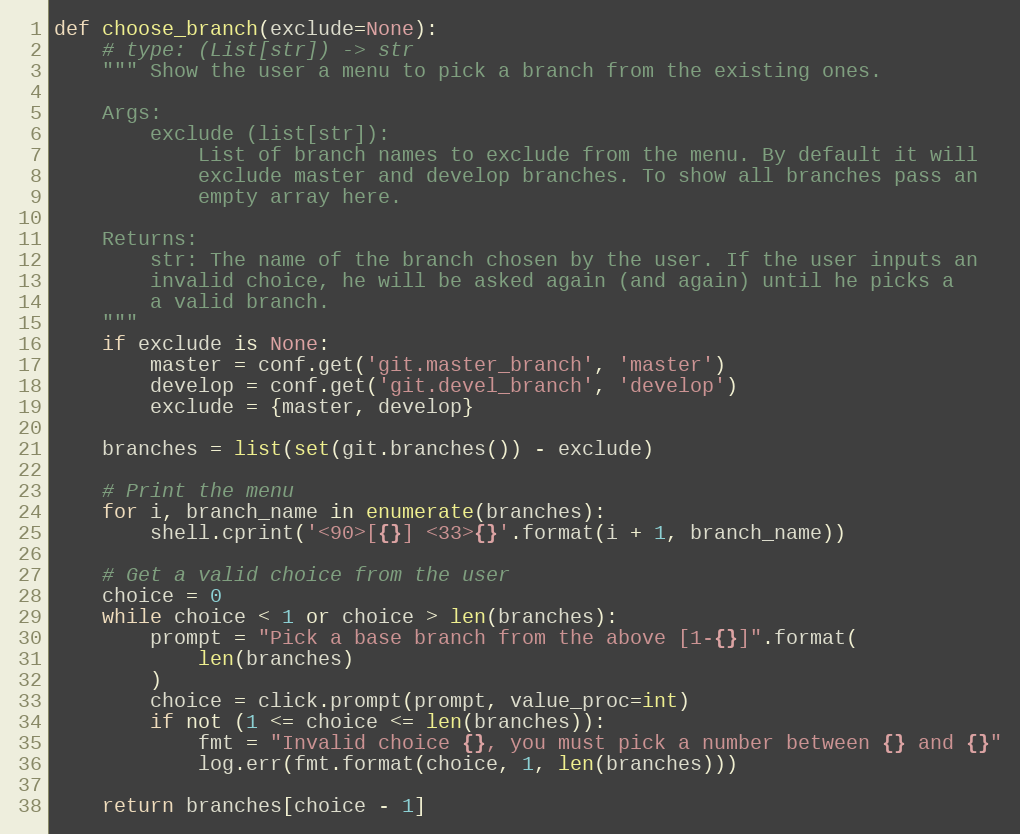
Language: Python
def choose_branch(exclude=None):
    # type: (List[str]) -> str
    """ Show the user a menu to pick a branch from the existing ones.

    Args:
        exclude (list[str]):
            List of branch names to exclude from the menu. By default it will
            exclude master and develop branches. To show all branches pass an
            empty array here.

    Returns:
        str: The name of the branch chosen by the user. If the user inputs an
        invalid choice, he will be asked again (and again) until he picks a
        a valid branch.
    """
    if exclude is None:
        master = conf.get('git.master_branch', 'master')
        develop = conf.get('git.devel_branch', 'develop')
        exclude = {master, develop}

    branches = list(set(git.branches()) - exclude)

    # Print the menu
    for i, branch_name in enumerate(branches):
        shell.cprint('<90>[{}] <33>{}'.format(i + 1, branch_name))

    # Get a valid choice from the user
    choice = 0
    while choice < 1 or choice > len(branches):
        prompt = "Pick a base branch from the above [1-{}]".format(
            len(branches)
        )
        choice = click.prompt(prompt, value_proc=int)
        if not (1 <= choice <= len(branches)):
            fmt = "Invalid choice {}, you must pick a number between {} and {}"
            log.err(fmt.format(choice, 1, len(branches)))

    return branches[choice - 1]